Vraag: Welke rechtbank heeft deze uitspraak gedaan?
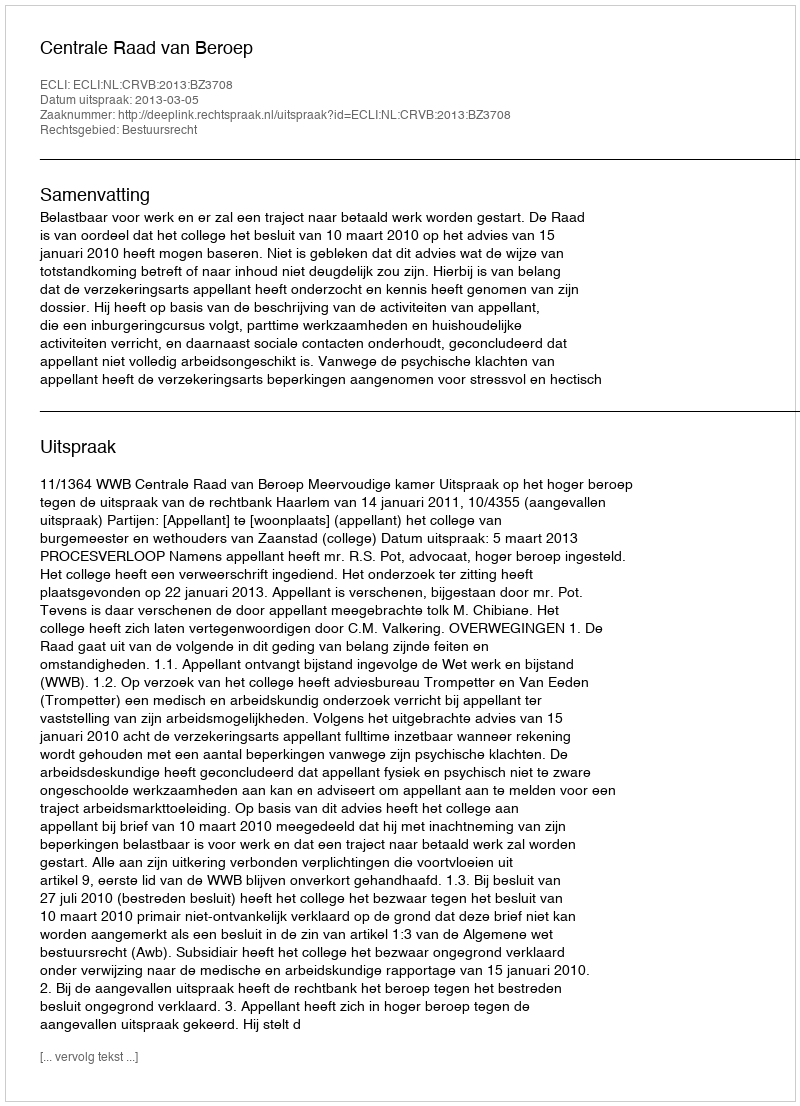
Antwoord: Centrale Raad van Beroep